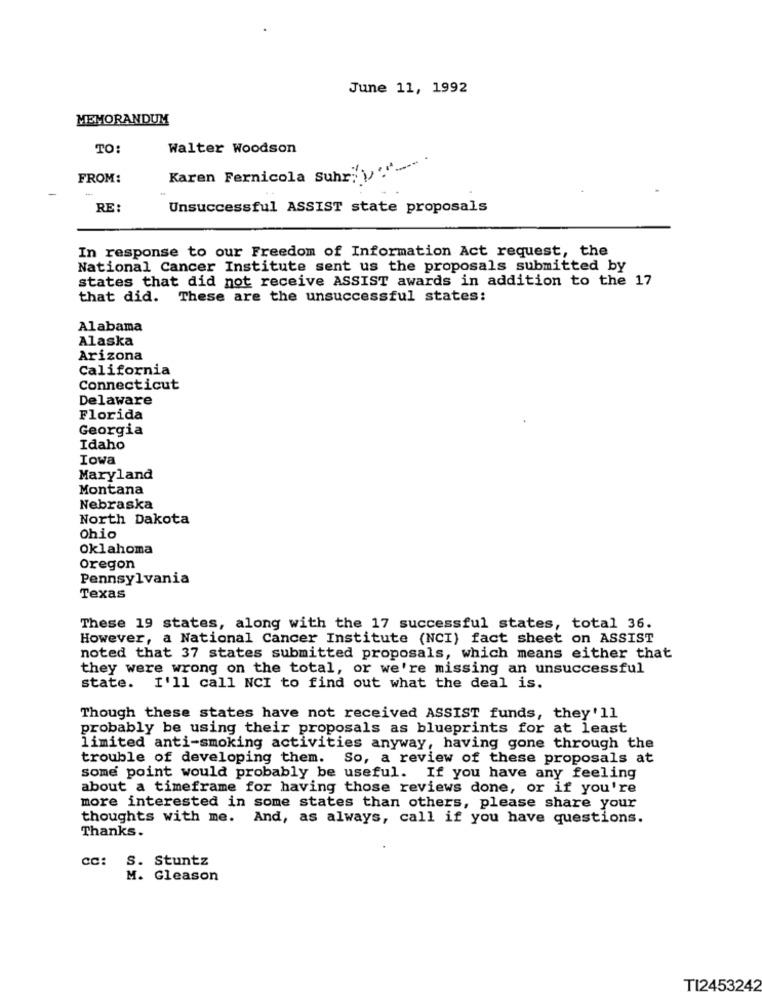
June 11, 1992
MEMORANDUM
TO:
Walter Woodson
FROM:
Karen Fernicola Suhr; \'
RE:
Unsuccessful ASSIST state proposals
In response to our Freedom of Information Act request, the
National Cancer Institute sent us the proposals submitted by
states that did not receive ASSIST awards in addition to the 17
that did. These are the unsuccessful states:
Alabama
Alaska
Arizona
California
Connecticut
Delaware
Florida
Georgia
Idaho
Iowa
Maryland
Montana
Nebraska
North Dakota
Ohio
Oklahoma
Oregon
Pennsylvania
Texas
These 19 states, along with the 17 successful states, total 36.
However, a National Cancer Institute (NCI) fact sheet on ASSIST
noted that 37 states submitted proposals, which means either that
they were wrong on the total, or we're missing an unsuccessful
state. I'll call NCI to find out what the deal is.
Though these states have not received ASSIST funds, they'll
probably be using their proposals as blueprints for at least
limited anti-smoking activities anyway, having gone through the
trouble of developing them.
So, a review of these proposals at
some point would probably be useful. If you have any feeling
about a timeframe for having those reviews done, or if you're
more interested in some states than others, please share your
thoughts with me. And, as always, call if you have questions.
Thanks.
CC: S. Stuntz
M. Gleason
TI2453242